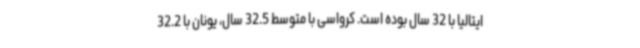
ایتالیا با 32 سال بوده است. کرواسی با متوسط 32.5 سال، یونان با 32.2